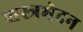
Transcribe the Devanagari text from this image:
शस्त्रभेदन